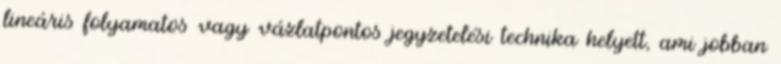
lineáris folyamatos vagy vázlatpontos jegyzetelési technika helyett, ami jobban